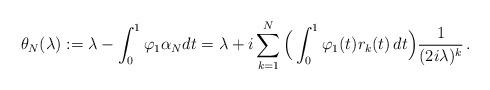
LaTeX: \begin{align*} \theta_N(\lambda):= \lambda- \int_0^1\varphi_1\alpha_N dt= \lambda+i\sum_{k=1}^N\Big(\int_0^1\varphi_1(t)r_k(t)\,dt\Big)\frac{1}{(2i\lambda)^k}\,.\end{align*}